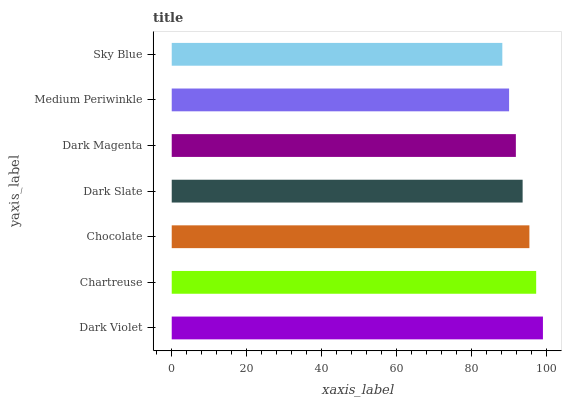
| yaxis_label | bars |
 | --- | --- |
 | Dark Violet | 99 |
 | Chartreuse | 97.2 |
 | Chocolate | 95.4 |
 | Dark Slate | 93.6 |
 | Dark Magenta | 91.8 |
 | Medium Periwinkle | 90 |
 | Sky Blue | 88.2 |